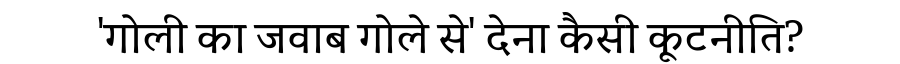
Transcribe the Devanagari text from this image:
'गोली का जवाब गोले से' देना कैसी कूटनीति?